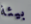
بيئة